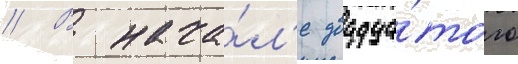
// В нача́л'е двадца́того